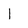
Character: I